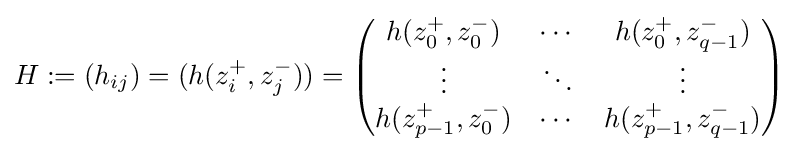
H:=(h_{ij})=(h(z_{i}^{+},z_{j}^{-}))={\begin{pmatrix}h(z_{0}^{+},z_{0}^{-})&\cdots &h(z_{0}^{+},z_{q-1}^{-})\\\vdots &\ddots &\vdots \\h(z_{p-1}^{+},z_{0}^{-})&\cdots &h(z_{p-1}^{+},z_{q-1}^{-})\end{pmatrix}}